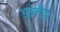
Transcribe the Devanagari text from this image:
अस्तुति